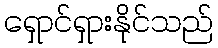
ရှောင်ရှားနိုင်သည်